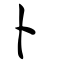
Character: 卜